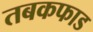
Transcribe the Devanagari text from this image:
तबकफाड